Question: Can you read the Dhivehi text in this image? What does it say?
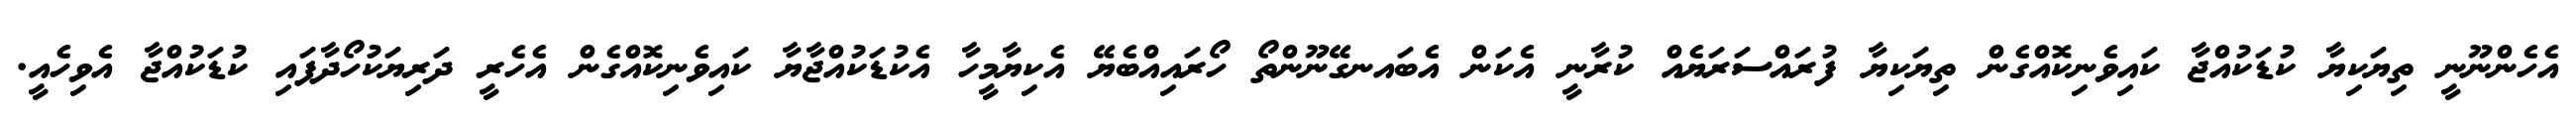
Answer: އެހެންނޫނީ ތިޔަކިޔާ ކުޑަކުއްޖާ ކައިވެނިކޮއްގެން ތިޔަކިޔާ ފުރައްސަރަޔެއް ކުރާނީ އެކަން އެބައނގޭނޫންތޯ ހޯރައިއްބެޔޭ އެކިޔާމީހާ އެކުޑަކުއްޖާޔާ ކައިވެނިކޮއްގެން އެހެރީ ދަރިޔަކުހޯދާފައި ކުޑަކުއްޖާ އެވިހެއީ.